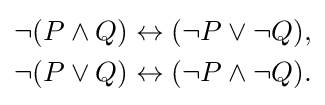
{\begin{aligned}\neg (P\land Q)&\leftrightarrow (\neg P\lor \neg Q),\\\neg (P\lor Q)&\leftrightarrow (\neg P\land \neg Q).\\\end{aligned}}